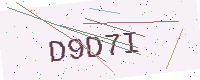
Text: D9D7I